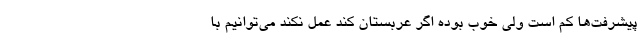
پیشرفت‌ها کم است ولی خوب بوده اگر عربستان کند عمل نکند می‌توانیم با